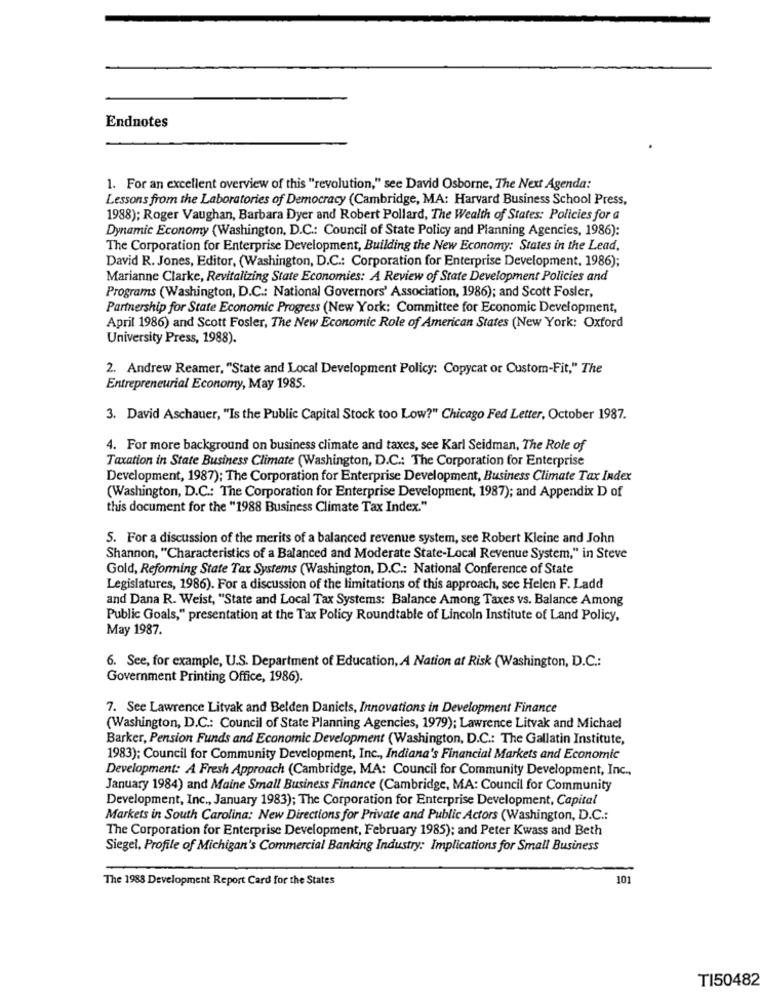
Endnotes
1. For an excellent overview of this "revolution," see David Osborne, The Next Agenda:
Lessons from the Laboratories of Democracy (Cambridge, MA: Harvard Business School Press,
1988); Roger Vaughan, Barbara Dyer and Robert Pollard, The Wealth of States: Policies for a
Dynamic Economy (Washington, D.C .: Council of State Policy and Planning Agencies, 1986):
The Corporation for Enterprise Development, Building the New Economy: States in the Lead,
David R. Jones, Editor, (Washington, D.C .: Corporation for Enterprise Development. 1986);
Marianne Clarke, Revitalizing State Economies: A Review of State Development Policies and
Programs (Washington, D.C .: National Governors' Association, 1986); and Scott Fosler,
Partnership for State Economic Progress (New York: Committee for Economic Development,
April 1986) and Scott Fosler, The New Economic Role of American States (New York: Oxford
University Press, 1988).
2. Andrew Reamer, "State and Local Development Policy: Copycat or Custom-Fit," The
Entrepreneurial Economy, May 1985.
3. David Aschauer, "Is the Public Capital Stock too Low?" Chicago Fed Letter, October 1987.
4. For more background on business climate and taxes, see Karl Seidman, The Role of
Taxation in State Business Climate (Washington, D.C .: The Corporation for Enterprise
Development, 1987); The Corporation for Enterprise Development, Business Climate Tax Index
(Washington, D.C .: The Corporation for Enterprise Development, 1987); and Appendix D of
this document for the "1988 Business Climate Tax Index."
5. For a discussion of the merits of a balanced revenue system, see Robert Kleine and John
Shannon, "Characteristics of a Balanced and Moderate State-Local Revenue System," in Steve
Gold, Reforming State Tax Systems (Washington, D.C .: National Conference of State
Legislatures, 1986). For a discussion of the limitations of this approach, see Helen F. Ladd
and Dana R. Weist, "State and Local Tax Systems: Balance Among Taxes vs. Balance Among
Public Goals," presentation at the Tax Policy Roundtable of Lincoln Institute of Land Policy,
May 1987.
6. See, for example, U.S. Department of Education, A Nation at Risk (Washington, D.C .:
Government Printing Office, 1986).
7. See Lawrence Litvak and Belden Daniels, Innovations in Development Finance
(Washington, D.C .: Council of State Planning Agencies, 1979); Lawrence Litvak and Michael
Barker, Pension Funds and Economic Development (Washington, D.C .: The Gallatin Institute,
1983); Council for Community Development, Inc ., Indiana's Financial Markets and Economic
Development: A Fresh Approach (Cambridge, MA: Council for Community Development, Inc .,
January 1984) and Maine Small Business Finance (Cambridge, MA: Council for Community
Development, Inc ., January 1983); The Corporation for Enterprise Development, Capital
Markets in South Carolina: New Directions for Private and Public Actors (Washington, D.C .:
The Corporation for Enterprise Development, February 1985); and Peter Kwass and Beth
Siegel, Profile of Michigan's Commercial Banking Industry: Implications for Small Business
The 1988 Development Report Card for the States
101
TI50482